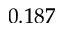
0 . 1 8 7